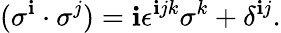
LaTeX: (\sigma^{\mathbf{i}}\cdot\sigma^{j})=\mathbf{i}\epsilon^{\mathbf{i}jk}\sigma^{k}+\delta^{\mathbf{i}j}.